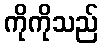
ကိုကိုသည်